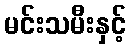
မင်းသမီးနှင့်